Indian journal of veterinary science and animal husbandry - Volume 11,
Year: 1941
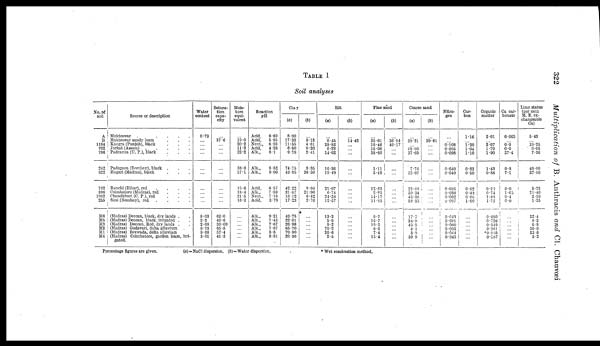
322
Multiplication of B. Anthracis and CL Chauvœi
TABLE I
Soil analyses
No. of
soil
A
B
1184
702
786
262
922
762
896
1082
255
M6
M5
M3
M2
M1
M4
Source or description
Mukteswar
.
.
.
.
.
.
Mukteswar sandy loam . . .
Kangra (Punjab), black . . .
Jorhat (Assam) . . . . .
Padrauna (U. P.), black . . .
Padegaon (Bombay), black . . .
Hagari (Madras), black . . .
Ranchi (Bihar), red
.
.
.
.
Coimbatore (Madras), red . . .
Chandkhuri (C. P.), red . . .
Sirsi (Bombay), red
.
.
.
.
(Madras) Deccan, black, dry lands . .
(Madras) Deccan, black, irrigated . .
(Madras) Deccan, Red, dry lands . .
(Madras) Godavari, delta alluvium
(Madras) Bezwada, delta alluvium
(Madras) Coimbatore, garden loam, irri-
gated.
Water
content
0.73
...
...
...
...
...
...
...
...
...
...
8.03
3.2
2.68
8.73
9.68
3.01
Satura-
tion
capa-
city
...
37.6
...
...
...
...
...
...
...
...
...
62.0
40.6
30.09
65.8
57.4
41.3
Mois-
ture
equi-
valent
...
19.0
20.2
11.3
22.2
36.6
37.1
15.6
18.4
21.5
16.3
...
...
...
...
...
...
Reaction
pH
Acid,
Acid,
Neut.,
Acid,
Alk.,
Alk.,
Alk.,
Acid,
Alk.,
Neut.,
Acid,
Alk.,
Alk.,
Alk.,
Alk.,
Alk.,
Alk.,
6.69
5.85
6.93
4.26
8.1
8.52
9.06
6.57
7.89
7.16
3.78
9.21
7.43
7.67
7.97
8.6
8.81
Clay
(a)
8.00
17.33
11.55
6.80
9.78
74.75
43.95
42.22
31.67
18.12
17.23
49.75
22.01
26.98
65.70
70.90
20.36
(b)
...
9.13
4.61
0.20
2.41
3.35
36.50
9.98
21.90
6.42
2.70
...
...
...
...
...
...
Silt
(a)
...
8.45
28.82
8.22
14.02
16.36
19.49
21.07
6.74
24.38
12.57
13.3
5.8
9.2
70.2
20.6
2.5
(b)
...
14.42
...
...
...
...
...
...
...
...
...
...
...
...
...
...
...
Fine sand
(a)
...
35.01
19.46
15.08
38.60
1.11
3.49
12.83
2.25
14.17
11.85
9.7
16.7
19.3
8.6
7.4
15.4
(b)
...
36.84
40.17
...
...
...
...
...
...
...
...
...
...
...
...
...
...
Coarse sand
(a)
...
39.21
... 69.90
37.60
7.78
33.07
23.88
59.34
43.38
58.35
17.7
54.9
45.5
4.1
3.9
59.9
(b)
...
39.61
...
...
...
...
...
...
...
...
...
...
...
...
...
...
...
Nitro-
gen
...
... 0.108
0.085
0.098
0.040
0.049
0.038
0.038
0.062
0.097
0.043
0.081
0.060
0.095
0.064
0.045
Car-
bon
1.16
... 1.20
1.04
1.10
0.83
0.50
0.52
0.43
0.86
1.00
...
...
...
...
...
...
Organic
matter
2.01
... 2.07
1.79
1.90
1.43
0.86
0.90
0.74
1.48
1.72
0.690
0.726
0.549
0.991
* 0.865
0.367
Ca car-
bonate
0.065
... 0.0
0.0
37.4
9.8
7.1
0.0
1.05
0.4
0.0
...
...
...
... ...
...
Lime status
(per cent
M. E. ex-
changeable
Ca)
5.43
... 10.25
0.05
7.30
48.00
37.60
5.75
21.40
2.50
1.25
32.4
9.2
6.8
30.0
33.6
5.2
Percentage figures are given.
(a)=NaCl
dispersion. (b)=Water dispersion.
* Wet combustion method.